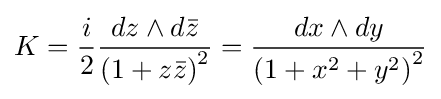
K={\frac {i}{2}}{\frac {dz\wedge d{\bar {z}}}{\left(1+z{\bar {z}}\right)^{2}}}={\frac {dx\wedge dy}{\left(1+x^{2}+y^{2}\right)^{2}}}